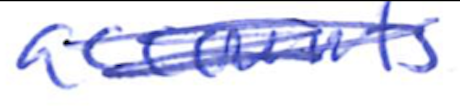
Text: accounts
Cross-out: mix
Writing tool: ballpoint